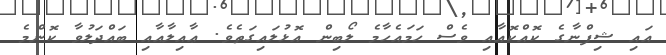
އައި ޝިފްނާގެ ކޮއްކޮއާއި ވެސް ހަމައެހާމެ ލޯބިން އޮޅުލައިގަތެވެ. ޢާއިލާއާއި ބައްދަލުވާ ކޮންމެ